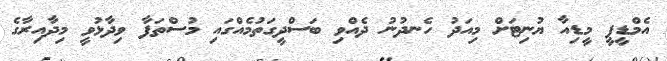
އެމްޑީޕީ މީޑިއާ ޔުނިޓަށް މިއަދު ހެނދުނު ދެއްވި ބަސްދީގަތުމެއްގައި މުސްތަފާ ވިދާޅުވީ މިދާއިރާގެ